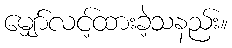
မျှော်လင့်ထားခဲ့သနည်း။